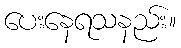
ပေးနေရသနည်း။